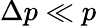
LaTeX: \Delta p\ll p